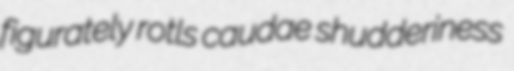
figurately rotls caudae shudderiness